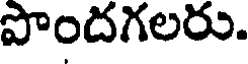
పొందగలరు.